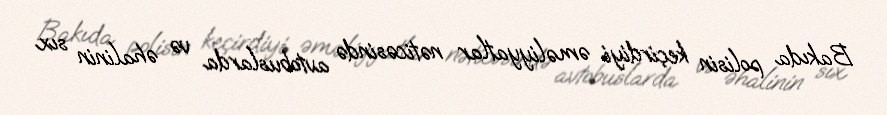
Bakıda polisin keçirdiyi əməliyyatlar nəticəsində avtobuslarda və əhalinin sıx